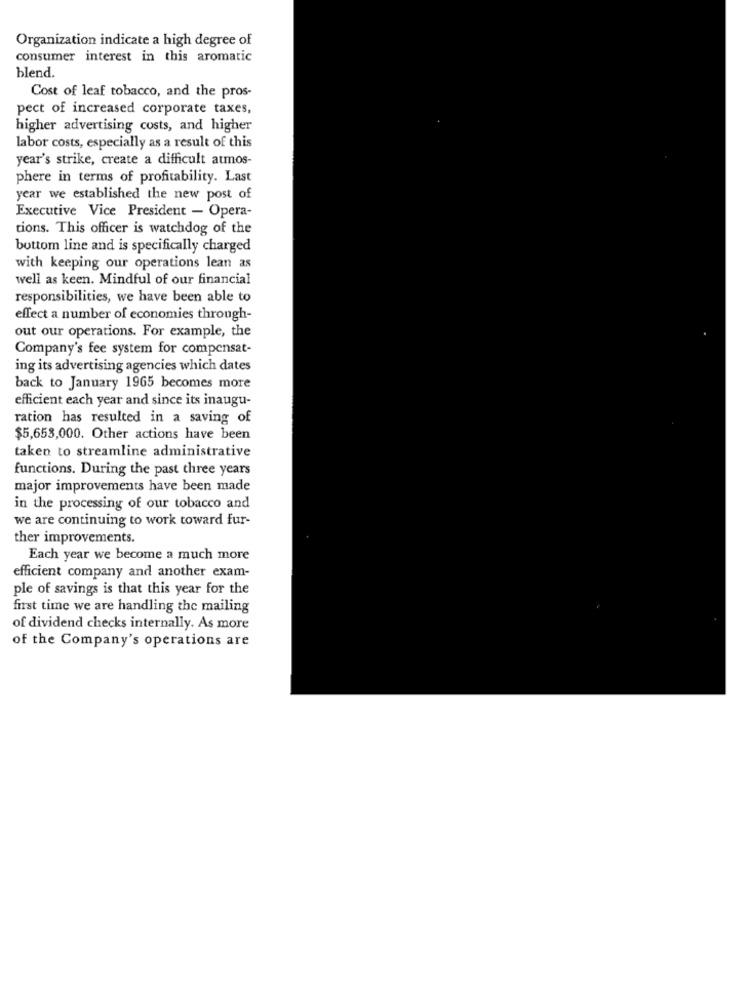
Organization indicate a high degree of
consumer interest in this aromatic
blend.
Cost of leaf tobacco, and the pros-
pect of increased corporate taxes,
higher advertising costs, and higher
labor costs, especially as a result of this
year's strike, create a difficult atmos-
phere in terms of profitability. Last
year we established the new post of
Executive Vice President - Opera-
tions. This officer is watchdog of the
bottom line and is specifically charged
with keeping our operations lean as
well as keen. Mindful of our financial
responsibilities, we have been able to
effect a number of economies through-
out our operations. For example, the
Company's fee system for compensat-
ing its advertising agencies which dates
back to January 1965 becomes more
efficient each year and since its inaugu-
ration has resulted in a saving of
$5,653,000. Other actions have been
taken to streamline administrative
functions. During the past three years
major improvements have been made
in the processing of our tobacco and
we are continuing to work toward fur-
ther improvements.
Each year we become a much more
efficient company and another exam-
ple of savings is that this year for the
first time we are handling the mailing
of dividend checks internally. As more
of the Company's operations are